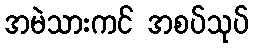
အမဲသားကင် အစပ်သုပ်